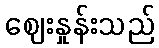
ဈေးနှုန်းသည်